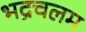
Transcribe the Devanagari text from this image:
भद्रचलम